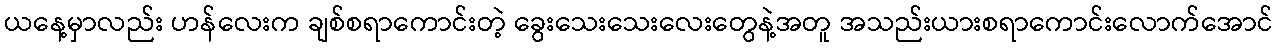
ယနေ့မှာလည်း ဟန်လေးက ချစ်စရာကောင်းတဲ့ ခွေးသေးသေးလေးတွေနဲ့အတူ အသည်းယားစရာကောင်းလောက်အောင်